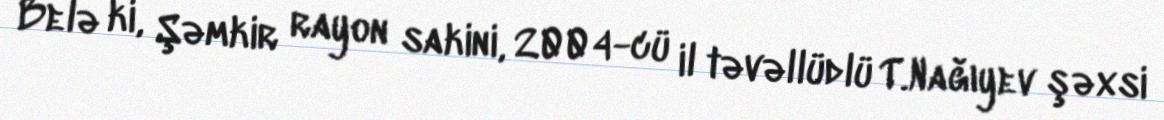
Belə ki, Şəmkir rayon sakini, 2004-cü il təvəllüdlü T.Nağıyev şəxsi